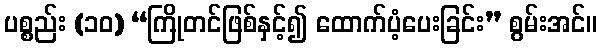
ပစ္စည်း (၁၀) “ကြိုတင်ဖြစ်နှင့်၍ ထောက်ပံ့ပေးခြင်း” စွမ်းအင်။